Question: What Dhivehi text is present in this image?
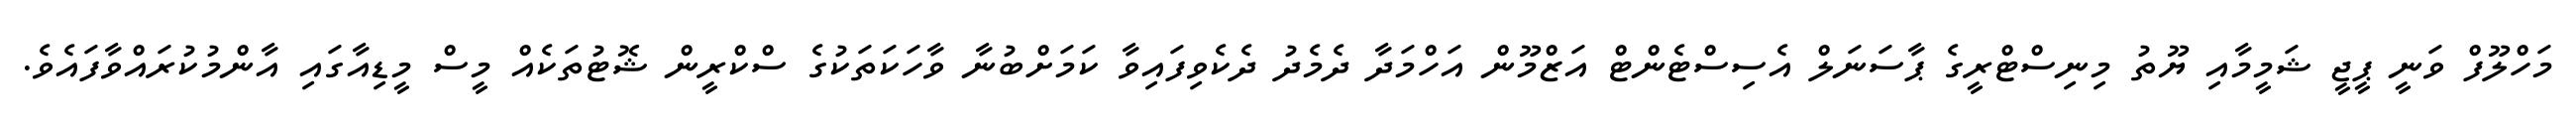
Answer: މަހްލޫފް ވަނީ ޕީޖީ ޝަމީމާއި ޔޫތު މިނިސްޓްރީގެ ޕާސަނަލް އެސިސްޓެންޓް އަޒްމޫން އަހްމަދާ ދެމެދު ދެކެވިފައިވާ ކަމަށްބުނާ ވާހަކަތަކުގެ ސްކްރީން ޝޮޓުތަކެއް މީސް މީޑިއާގައި އާންމުކުރައްވާފައެވެ.